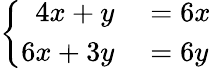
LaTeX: \left\{ {\begin{array}{rl}{4x+y}&{{}=6x}\\ {6x+3y}&{{}=6y}\end{array}}\right.